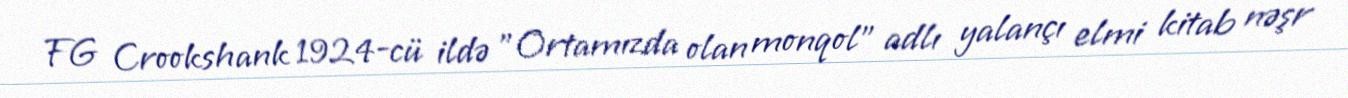
FG Crookshank 1924-cü ildə "Ortamızda olan monqol" adlı yalançı elmi kitab nəşr